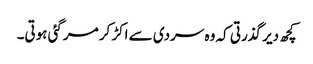
کچھ دیر گذرتی کہ وہ سردی سے اکڑ کر مرگئی ہوتی۔